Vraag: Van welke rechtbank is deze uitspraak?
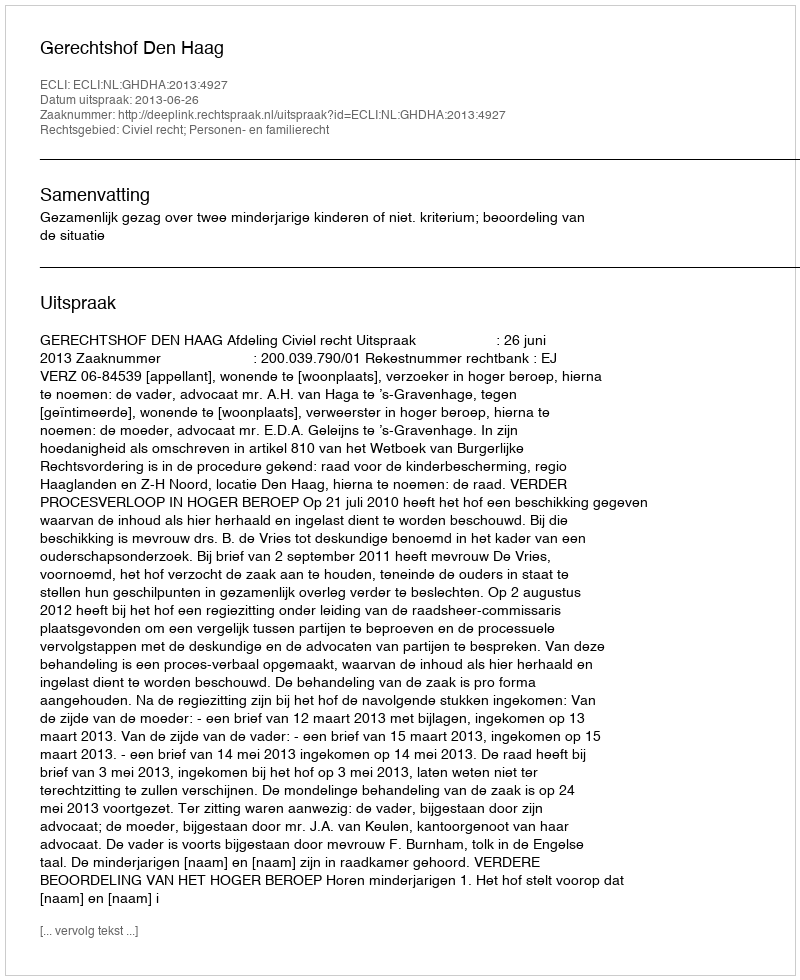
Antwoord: Gerechtshof Den Haag